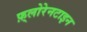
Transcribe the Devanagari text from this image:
फ़्लोरेनटाइन